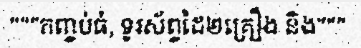
"""កញ្ចប់ធំ, ទូរស័ព្ទដៃ២គ្រឿង និង"""